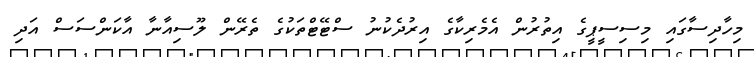
މިހާދިސާގައި މިސިސީޕީގެ އިތުރުން އެމެރިކާގެ އިރުދެކުނު ސްޓޭޓްތަކުގެ ތެރޭން ލޫސިއާނާ އާކަންސަސް އަދި